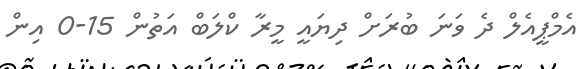
އެމްޕީއެލް ދެ ވަނަ ބުރަށް ދިޔައީ މީރާ ކްލަބް އަތުން 15-0 އިން